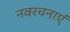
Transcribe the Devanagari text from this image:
नवरचनाएं